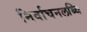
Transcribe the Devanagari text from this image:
निर्वाचनलब्धि